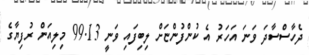
ދެހާސްސާދަ ވަނަ އަހަރު އެ ކުންފުންޏަށް ލިބިފައި ވަނީ 99.13 މިލިއަން ރުފިޔާގެ